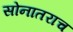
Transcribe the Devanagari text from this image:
सोनातराच